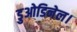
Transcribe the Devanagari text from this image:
डुओडिनेल।